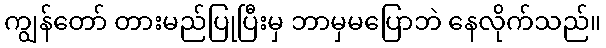
ကျွန်တော် တားမည်ပြုပြီးမှ ဘာမှမပြောဘဲ နေလိုက်သည်။